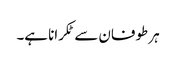
ہر طوفان سے ٹکرانا ہے۔